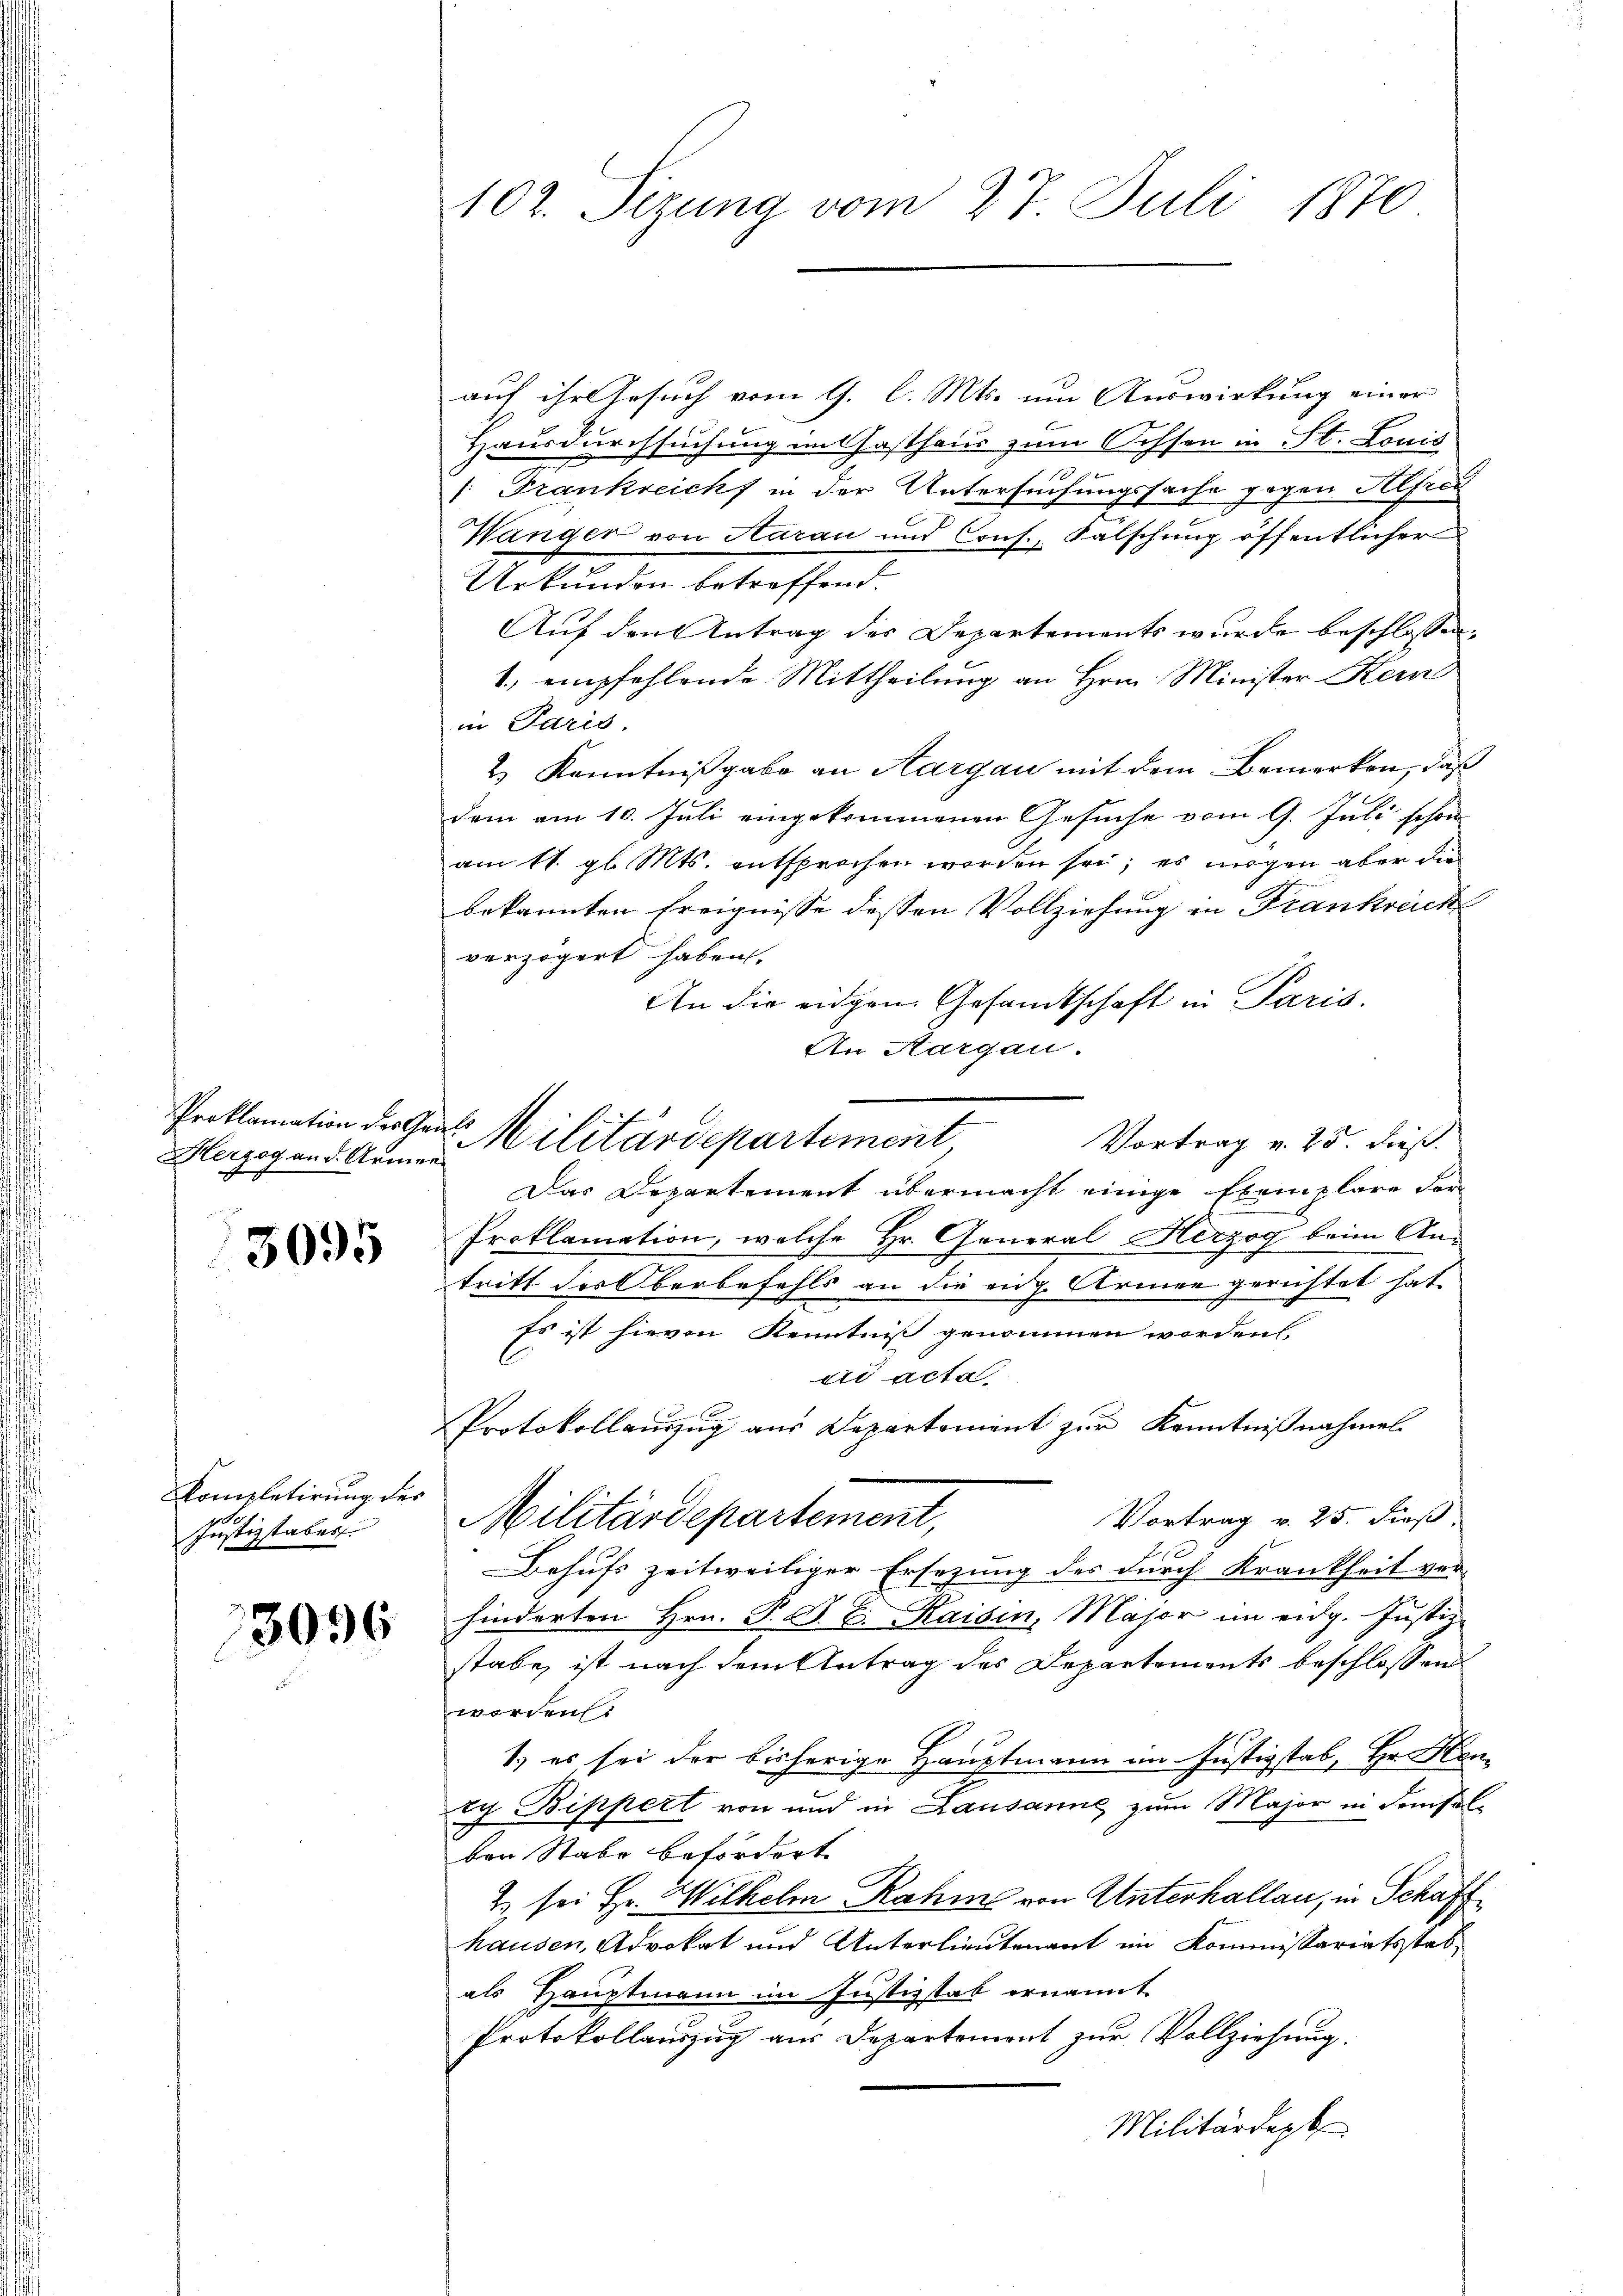
Proklamation der Gauts
Herzog and. Armen

3095

Kompletirung des
Justizstaber

3096
d

102. Sizung vom 27. Juli 1870

Militärdepartement

auf ihr Gesuch vom 9. l. Mts. um Auswirkung einer
Hausdurchsuchung im Gasthaus zum Ochsen in St. Louis
1. Frankreich in der Untersuchungssache gegen Alfred
Wänger von Aarau und Cons. Fälschung öffentlicher
Urkunden betreffend.
Auf den Antrag der Departements wurde beschlossen:
1.) empfohlende Mittheilung an Hrn. Minister Kern
in Paris,
2) Kenntnißgabe an Aargau mit dem Bemerken, daß
dem am 10. Juli eingekommenen Gesuche vom 9. Juli schon
am 11. gl. Mts. entsprochen worden sei; es mögen aber die
bekannten Ereignisse dessen Vollziehung in Frankreich
verzögert haben.
An die eingen Gesandtschaft in Paris.
An Aargau.
Vortrag v. 25. dieß.
Das Departement übermacht einige Exemplare der
Proklamation, welche Hr. General Herzog beim An-
tritt der Oberbefehls an die eng. Armen gerichtet hat.
Es ist hievon Kenntniß genommen worden.
ad acta
Protokollauszug aus Departement zur Kenntnißnahmel
.
Vortrag v. 25. dieß
Militärdepartement,
Behufs zeitweiliger Ersezung des durch Krankheit ver-
hinderten Hrn. P. D. B. Kaisen, Major im eidg. Justiz-
stabe, ist nach dem Antrag des Departements beschlossen
worden.
1.) es sei der bisherige Hauptmann im Justizstab, Hr. Haney Bippert von und in Lausanne zum Major in Kreisel-
ben Stabe befördert.
2 sei Hr. Wilhelm Rahme von Unterhallau, in Schaff
hausen, Advokat und Unterlieutenant im Kommissariatsstabals Hauptmann im Justizstab ernannt
Protokollauszug aus Departement zur Vollziehung.
Militärdept